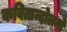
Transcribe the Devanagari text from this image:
कवितान्दोलनो